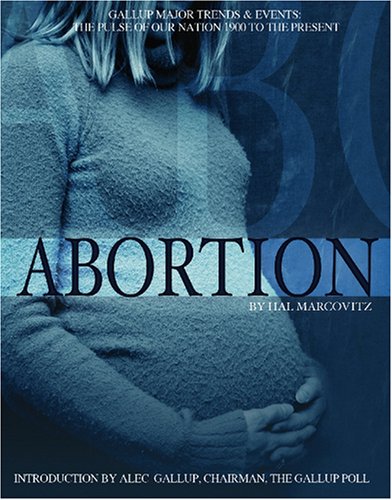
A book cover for Abortion (Gallup Major Trends and Events); Hal Marcovitz; Teen & Young Adult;